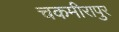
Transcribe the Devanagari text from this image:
चकमीरापुर